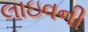
લાઇવની